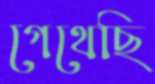
গেথেছি